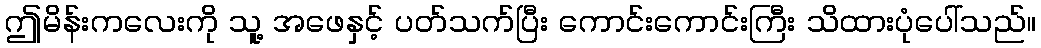
ဤမိန်းကလေးကို သူ့ အဖေနှင့် ပတ်သက်ပြီး ကောင်းကောင်းကြီး သိထားပုံပေါ်သည်။